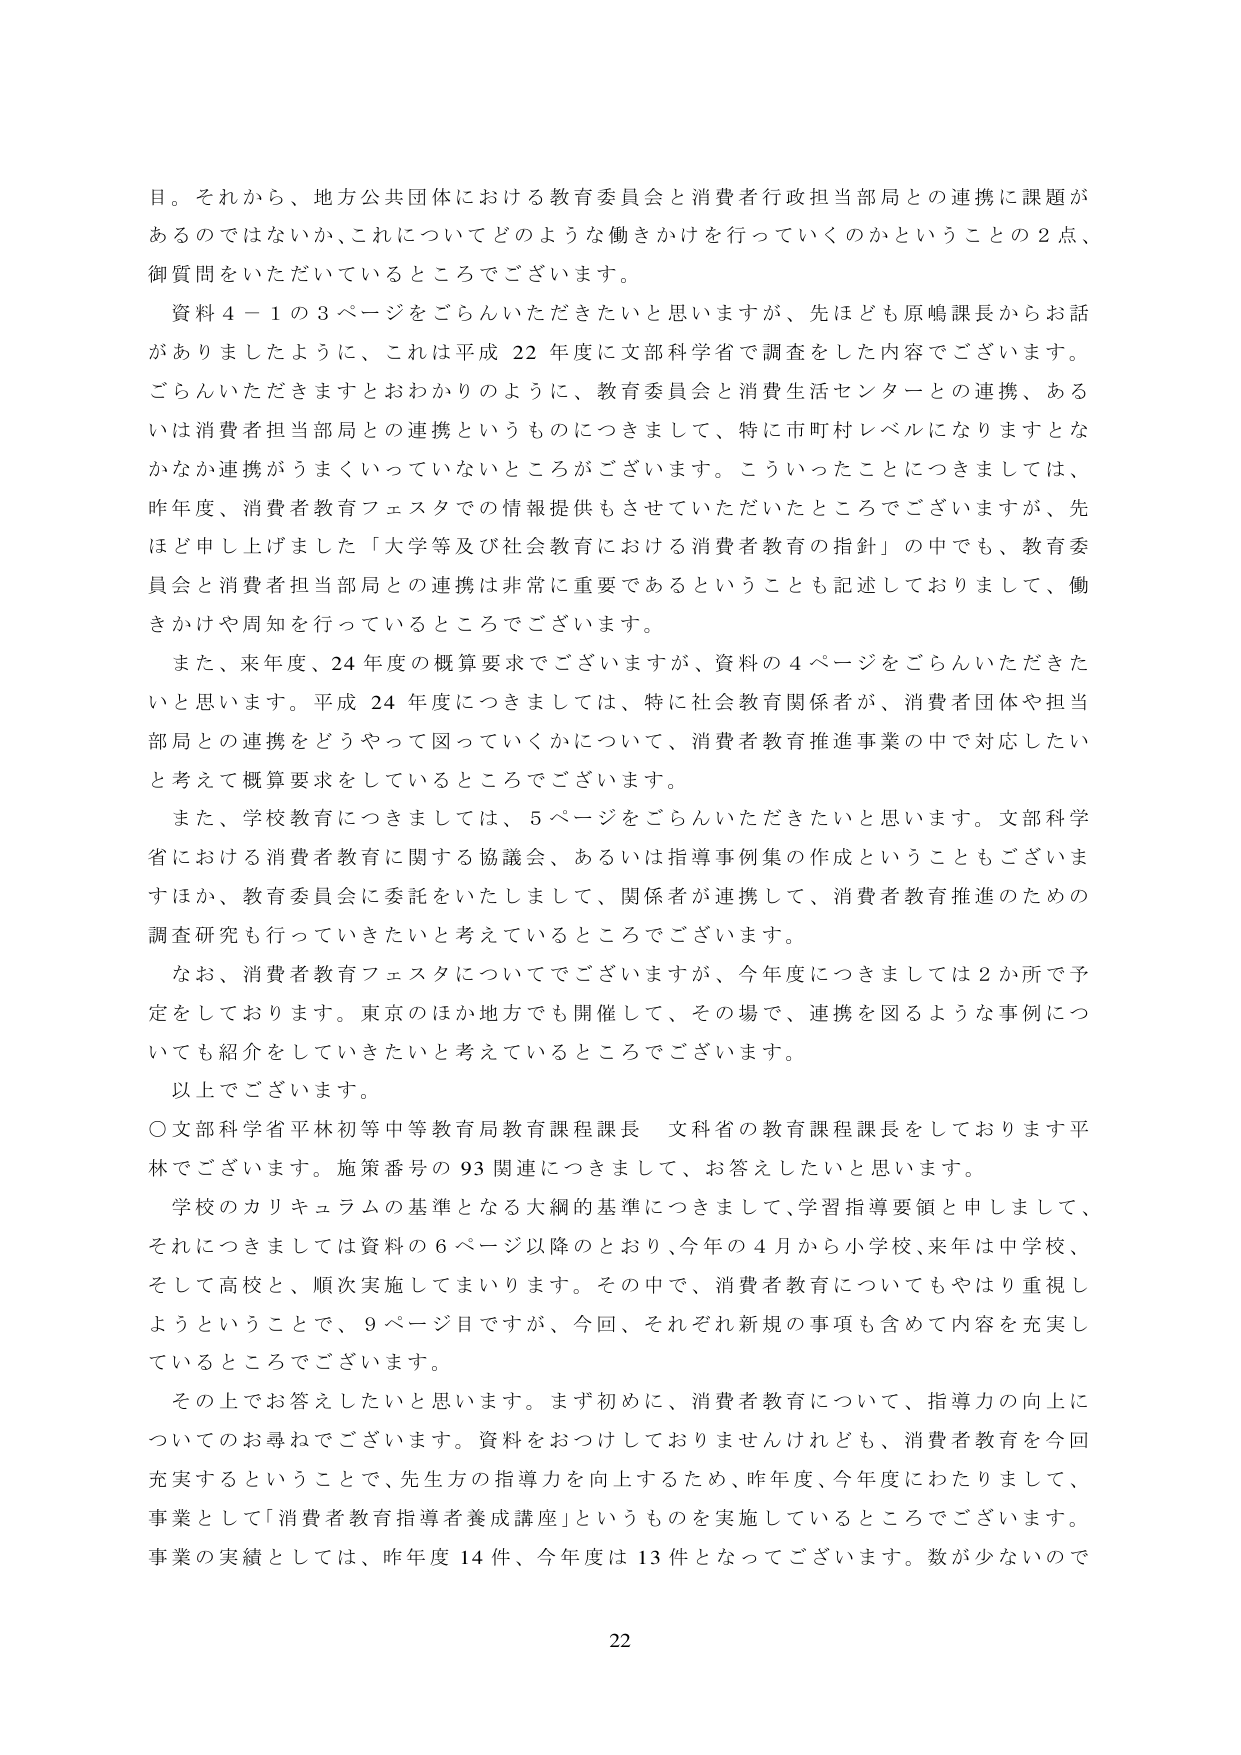
目。それから、地方公共団体における教育委員会と消費者行政担当部局との連携に課題があるのではないか、これについてどのような働きかけを行っていくのかということの２点、御質問をいただいているところでございます。

資料４－１の３ページをごらんいただきたいと思いますが、先ほども原嶋課長からお話がありましたように、これは平成22年度に文部科学省で調査をした内容でございます。ごらんいただきますとおわかりのように、教育委員会と消費生活センターとの連携、あるいは消費者担当部局との連携というものにつきまして、特に市町村レベルになりますとなかなか連携がうまくいっていないところがございます。こういったことにつきましては、昨年度、消費者教育フェスタでの情報提供もさせていただいたところでございますが、先ほど申し上げました「大学等及び社会教育における消費者教育の指針」の中でも、教育委員会と消費者担当部局との連携は非常に重要であるということも記述しておりまして、働きかけや周知を行っているところでございます。

また、来年度、24年度の概算要求でございますが、資料の４ページをごらんいただきたいと思います。平成24年度につきましては、特に社会教育関係者が、消費者団体や担当部局との連携をどうやって図っていくかについて、消費者教育推進事業の中で対応したいと考えて概算要求をしているところでございます。

また、学校教育につきましては、５ページをごらんいただきたいと思います。文部科学省における消費者教育に関する協議会、あるいは指導事例集の作成ということもございますほか、教育委員会に委託をいたしまして、関係者が連携して、消費者教育推進のための調査研究も行っていきたいと考えているところでございます。

なお、消費者教育フェスタについてでございますが、今年度につきましては２か所で予定をしております。東京のほか地方でも開催して、その場で、連携を図るような事例についても紹介していきたいと考えているところでございます。

以上でございます。

○文部科学省平林初等中等教育局教育課程課長 文科省の教育課程課長をしております平林でございます。施策番号の93関連につきまして、お答えしたいと思います。

学校のカリキュラムの基準となる大綱的基準につきまして、学習指導要領と申しまして、それにつきましては資料の６ページ以降のとおり、今年の４月から小学校、来年は中学校、そして高校と、順次実施してまいります。その中で、消費者教育についてもやはり重視しようということで、９ページ目ですが、今回、それぞれ新規の事項も含めて内容を充実しているところでございます。

その上でお答えしたいと思います。まず初めに、消費者教育について、指導力の向上についてのお尋ねでございます。資料をおつけしておりませんけれども、消費者教育を今回充実するということで、先生方の指導力を向上するため、昨年度、今年度にわたりまして、事業として「消費者教育指導者養成講座」というものを実施しているところでございます。事業の実績としては、昨年度14件、今年度は13件となってございます。数が少ないのです

22